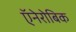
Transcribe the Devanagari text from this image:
ऍनेरोबिक